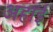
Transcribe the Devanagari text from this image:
अहाई